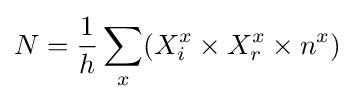
N={\frac {1}{h}}\sum _{x}(X_{i}^{x}\times X_{r}^{x}\times n^{x})